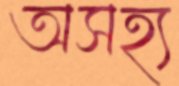
অসহ্য